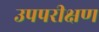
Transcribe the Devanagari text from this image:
उपपरीक्षण